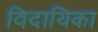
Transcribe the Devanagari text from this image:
विदायिका